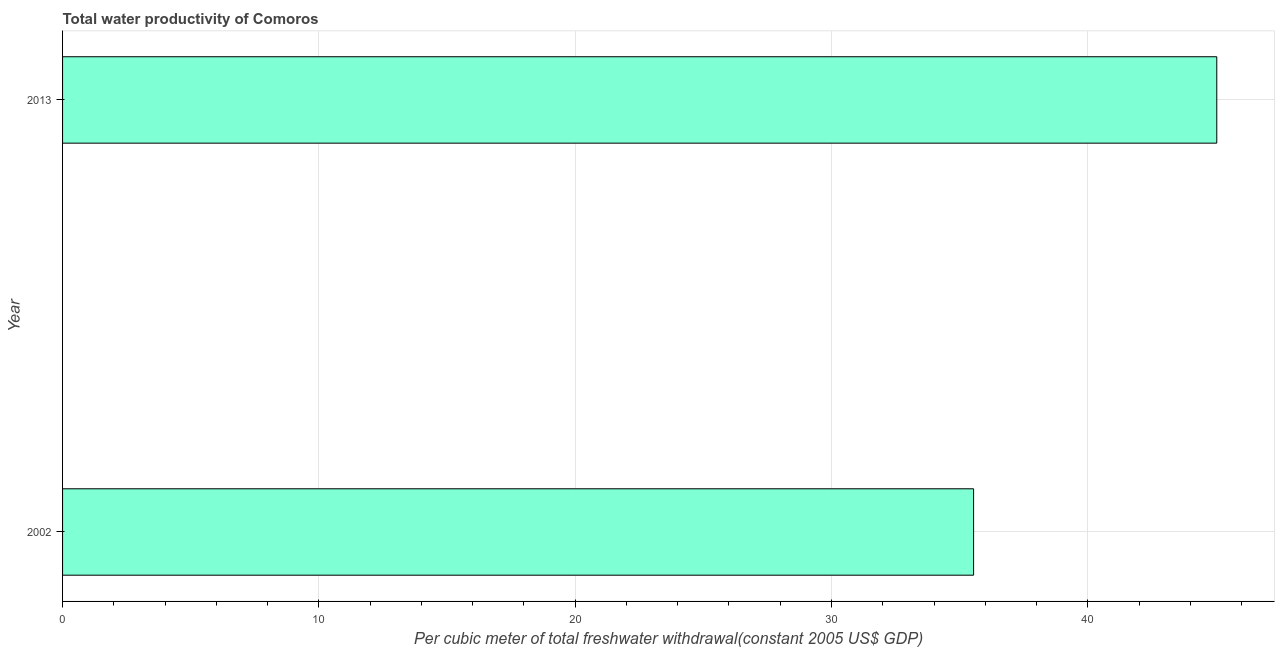
| Year | Water productivity |
 | --- | --- |
 | 2002 | 35.5 |
 | 2013 | 45 |